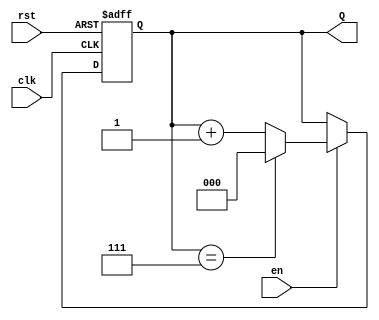
module up_counter (
    input wire clk,        // Clock input
    input wire en,         // Enable input
    input wire rst,        // Asynchronous reset input
    output reg [2:0] Q     // 3-bit output for the counter
);

    // Maximum count value for a 3-bit counter is 7 (111 in binary)
    parameter MAX_COUNT = 3'b111;

    // Asynchronous reset and counting logic
    always @(posedge clk or posedge rst) begin
        if (rst) begin
            Q <= 3'b000; // Reset the counter to 0
        end else if (en) begin
            if (Q == MAX_COUNT) begin
                Q <= 3'b000; // Wrap around to 0
            end else begin
                Q <= Q + 1; // Increment the counter
            end
        end
    end

endmodule